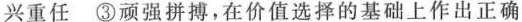
兴重任 ③顽强拼搏，在价值选择的基础上作出正确